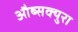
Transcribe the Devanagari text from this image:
औब्सक्युरा